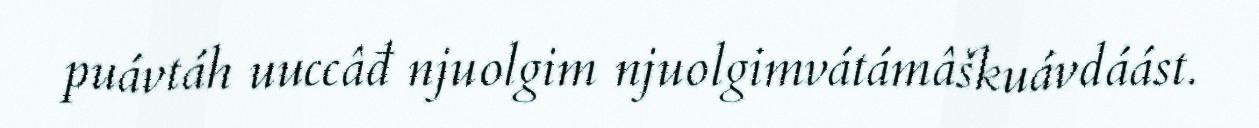
puávtáh uuccâđ njuolgim njuolgimvátámâškuávdáást.